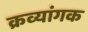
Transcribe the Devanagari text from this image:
क्रव्यांगक